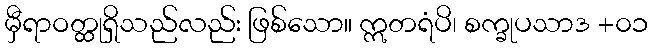
မှီရာဝတ္ထုရှိသည်လည်း ဖြစ်သော။ ဣတရံပိ၊ စက္ခုပသာဒ +၀၁